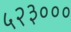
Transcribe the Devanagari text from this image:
५२३०००